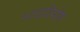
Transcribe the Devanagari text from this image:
भावाविशेष